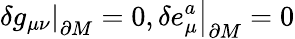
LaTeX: \left.\delta g_{\mu\nu}\right|_{\partial M}=0,\left.\delta e_{\mu}^{a}\right|_{\partial M}=0